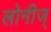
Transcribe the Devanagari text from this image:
लोनीज्